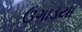
ઉગાડયા